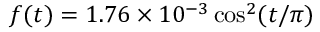
f ( t ) = 1 . 7 6 \times 1 0 ^ { - 3 } \cos ^ { 2 } ( t / \pi )